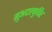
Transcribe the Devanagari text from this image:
गुअदाल्कुविर